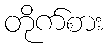
တိုက်စား